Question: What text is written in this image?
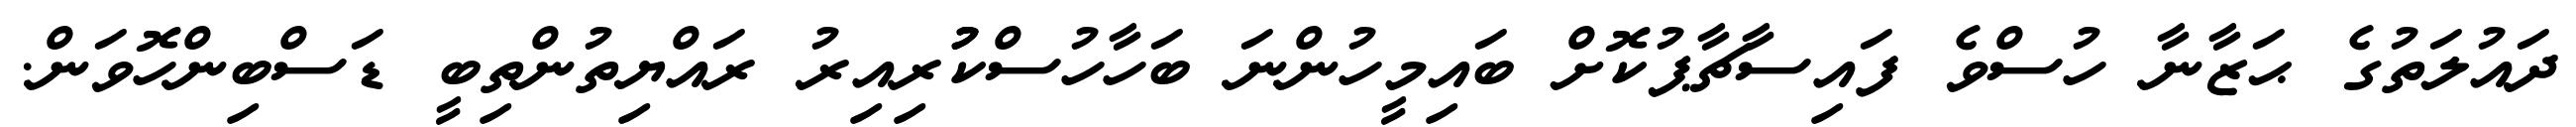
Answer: ދައުލަތުގެ ޙަޒާނާ ހުސްވެ ފައިސާޗާޕުކޮށް ބައިމީހުންނަ ބަހާހުސްކުުރިއިރު ރައްޔިތުންތިބީ ޑަސްބިންހޮވަން.